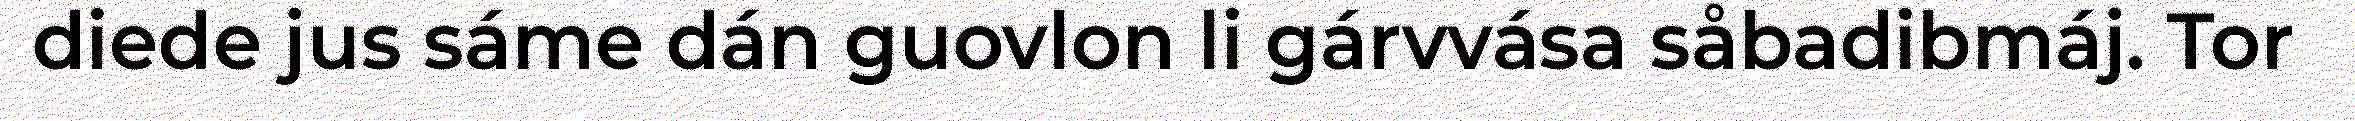
diede jus sáme dán guovlon li gárvvása såbadibmáj. Tor